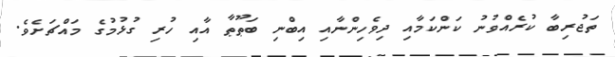
ތަޖުރިބާ ކުރެއްވުނު ކަންކަމާއި ދިވެހިންނާއި އިބްނި ބަޠޫޠާ އާއި ހުރި ގުޅުމުގެ މައްޗަށެވެ.